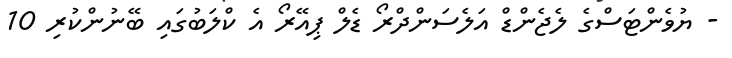
- ޔުވެންޓަސްގެ ލެޖެންޑް އަލެސަންދްރޯ ޑެލް ޕިއޭރޯ އެ ކްލަބުގައި ބޭނުންކުރި 10